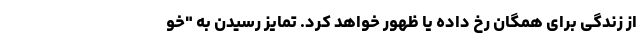
از زندگی برای همگان رخ داده یا ظهور خواهد کرد. تمایز رسیدن به "خو